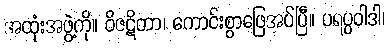
အထုံးအဖွဲ့ကို။ ဝိဇဋိတာ၊ ကောင်းစွာဖြေအပ်ပြီ။ ပရပ္ပဝါဒါ၊